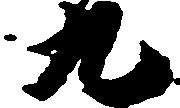
九